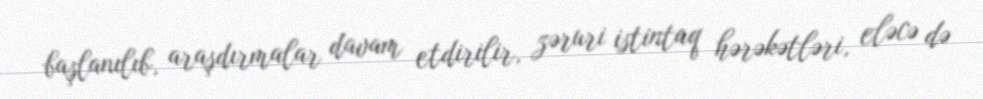
başlanılıb, araşdırmalar davam etdirilir, zəruri istintaq hərəkətləri, eləcə də